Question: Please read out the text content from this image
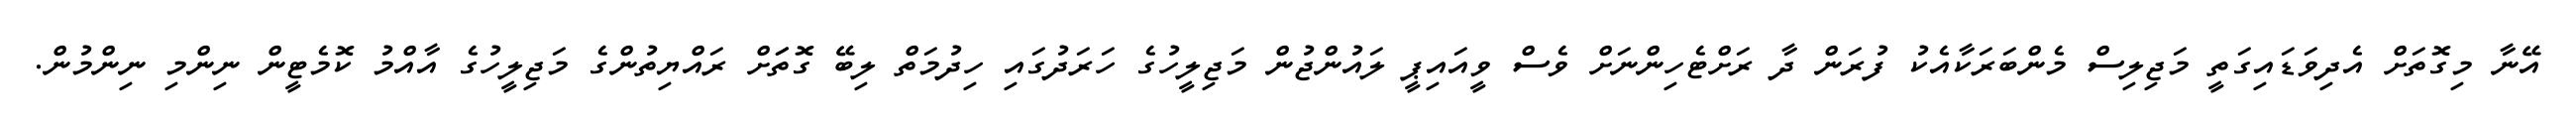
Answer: އޭނާ މިގޮތަށް އެދިވަޑައިގަތީ މަޖިލިސް މެންބަރަކާއެކު ފުރަން ދާ ރަށްޓެހިންނަށް ވެސް ވީއައިޕީ ލައުންޖުން މަޖިލީހުގެ ހަރަދުގައި ހިދުމަތް ލިބޭ ގޮތަަށް ރައްޔިތުންގެ މަޖިލީހުގެ އާއްމު ކޮމެޓީން ނިންމި ނިންމުން.